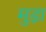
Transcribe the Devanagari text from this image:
मुड़ा़